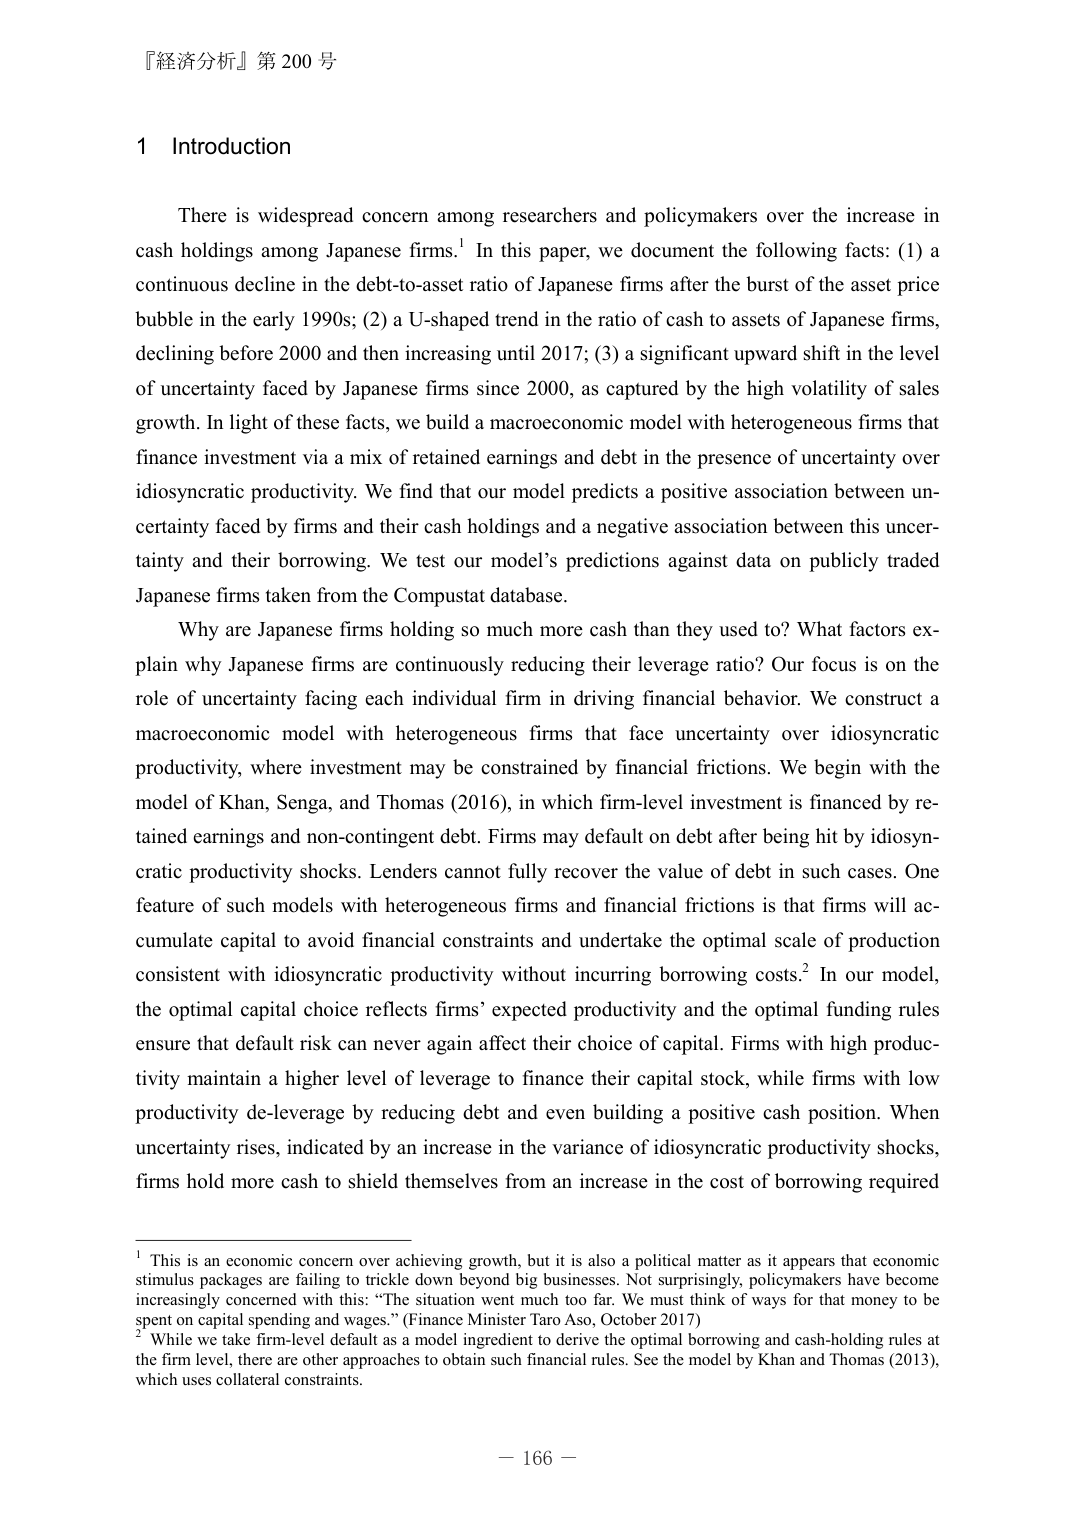
『経済分析』第 200 号

1 Introduction

There is widespread concern among researchers and policymakers over the increase in cash holdings among Japanese firms.¹ In this paper, we document the following facts: (1) a continuous decline in the debt-to-asset ratio of Japanese firms after the burst of the asset price bubble in the early 1990s; (2) a U-shaped trend in the ratio of cash to assets of Japanese firms, declining before 2000 and then increasing until 2017; (3) a significant upward shift in the level of uncertainty faced by Japanese firms since 2000, as captured by the high volatility of sales growth. In light of these facts, we build a macroeconomic model with heterogeneous firms that finance investment via a mix of retained earnings and debt in the presence of uncertainty over idiosyncratic productivity. We find that our model predicts a positive association between uncertainty faced by firms and their cash holdings and a negative association between this uncertainty and their borrowing. We test our model’s predictions against data on publicly traded Japanese firms taken from the Compustat database.

Why are Japanese firms holding so much more cash than they used to? What factors explain why Japanese firms are continuously reducing their leverage ratio? Our focus is on the role of uncertainty facing each individual firm in driving financial behavior. We construct a macroeconomic model with heterogeneous firms that face uncertainty over idiosyncratic productivity, where investment may be constrained by financial frictions. We begin with the model of Khan, Senga, and Thomas (2016), in which firm-level investment is financed by retained earnings and non-contingent debt. Firms may default on debt after being hit by idiosyncratic productivity shocks. Lenders cannot fully recover the value of debt in such cases. One feature of such models with heterogeneous firms and financial frictions is that firms will accumulate capital to avoid financial constraints and undertake the optimal scale of production consistent with idiosyncratic productivity without incurring borrowing costs.² In our model, the optimal capital choice reflects firms’ expected productivity and the optimal funding rules ensure that default risk can never again affect their choice of capital. Firms with high productivity maintain a higher level of leverage to finance their capital stock, while firms with low productivity de-leverage by reducing debt and even building a positive cash position. When uncertainty rises, indicated by an increase in the variance of idiosyncratic productivity shocks, firms hold more cash to shield themselves from an increase in the cost of borrowing required

¹ This is an economic concern over achieving growth, but it is also a political matter as it appears that economic stimulus packages are failing to trickle down beyond big businesses. Not surprisingly, policymakers have become increasingly concerned with this: “The situation went much too far. We must think of ways for that money to be spent on capital spending and wages.” (Finance Minister Taro Aso, October 2017)

² While we take firm-level default as a model ingredient to derive the optimal borrowing and cash-holding rules at the firm level, there are other approaches to obtain such financial rules. See the model by Khan and Thomas (2013), which uses collateral constraints.

— 166 —